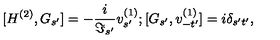
{ [ H ^ { ( 2 ) } , G _ { s ^ { \prime } } ] } = - \frac { i } { \Im _ { s ^ { \prime } } } v _ { s ^ { \prime } } ^ { ( 1 ) } ; { [ G _ { s ^ { \prime } } , v _ { - t ^ { \prime } } ^ { ( 1 ) } ] } = i \delta _ { s ^ { \prime } t ^ { \prime } } ,